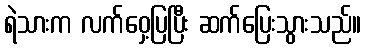
ရဲသားက လက်ဝှေ့ပြပြီး ဆက်ပြေးသွားသည်။